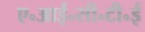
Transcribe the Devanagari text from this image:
ए॰आई॰सी॰टी॰ई